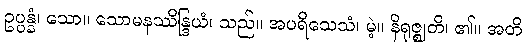
ဥပ္ပန္နံ၊ သော။ သောမနဿိန္ဒြယံ၊ သည်။ အပရိသေသံ၊ မဲ့။ နိရုဇ္ဈတိ၊ ၏။ အတိ